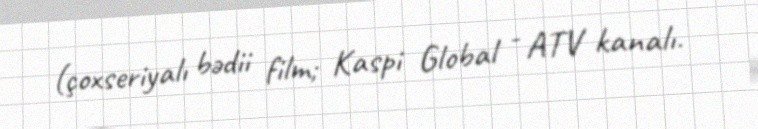
(çoxseriyalı bədii film; Kaspi Global - ATV kanalı.